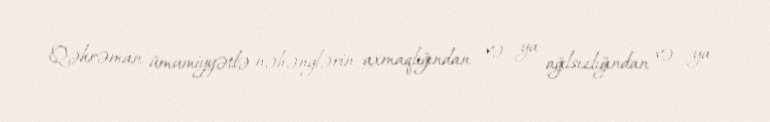
Qəhrəman ümumiyyətlə nəhənglərin axmaqlığından və ya ağılsızlığından və ya